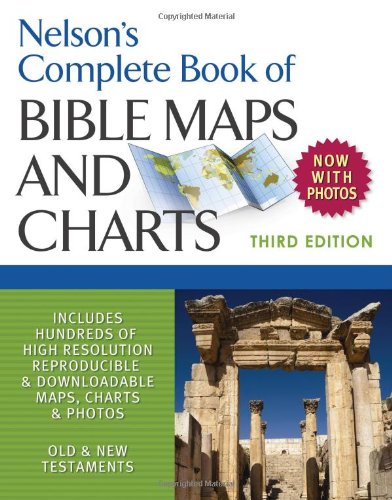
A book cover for Nelson's Complete Book of Bible Maps and Charts, 3rd Edition; Thomas Nelson; Christian Books & Bibles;